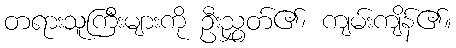
တရားသူကြီးများကို ဦးညွှတ်၏၊ ကျမ်းကျိန်၏။